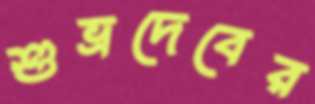
শুভ্রদেবের